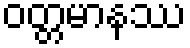
ဝတ္တမာနဿ